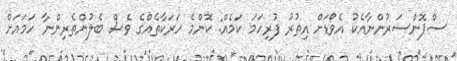
ސްޕޮންސަރުންނާއެކު އެވޯޑަށް އިތުރު ފުރިހަމަ ކަމެއް: ކޮންމެ ހަރަކާތެއްގެ ވެސް ބެލުންތެރިންނާ ހަމައަށް